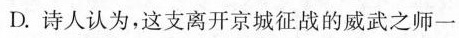
D.诗人认为，这支离开京城征战的威武之师一